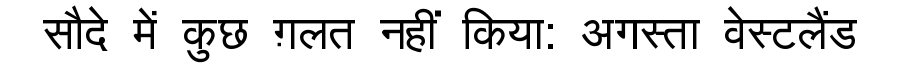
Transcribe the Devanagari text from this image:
सौदे में कुछ ग़लत नहीं किया: अगस्ता वेस्टलैंड